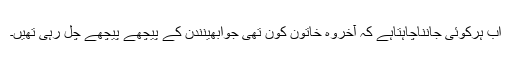
اب ہرکوئی جانناچاہتاہے کہ آخروہ خاتون کون تھی جوابھینندن کے پیچھے پیچھے چل رہی تھیں۔